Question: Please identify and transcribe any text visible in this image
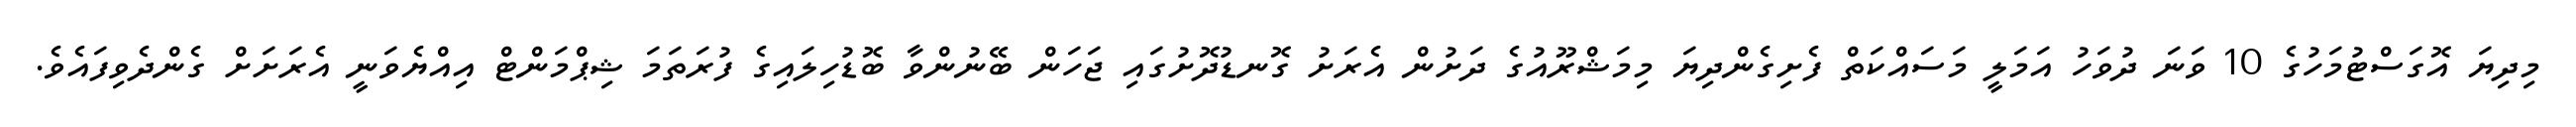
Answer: މިދިޔަ އޮގަސްޓުމަހުގެ 10 ވަނަ ދުވަހު އަމަލީ މަސައްކަތް ފެށިގެންދިޔަ މިމަޝްރޫއުގެ ދަށުން އެރަށު ގޮނޑުދޮށުގައި ޖަހަން ބޭނުންވާ ބޮޑުހިލައިގެ ފުރަތަމަ ޝިޕްމަންޓް އިއްޔެވަނީ އެރަށަށް ގެންދެވިފައެވެ.